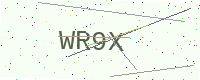
Text: WR9X